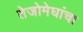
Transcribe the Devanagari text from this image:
तेजोमेघांचा